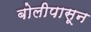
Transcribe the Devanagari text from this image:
बोलीपासून